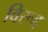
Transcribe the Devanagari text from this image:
विरूद्द